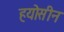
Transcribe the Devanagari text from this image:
हयोसीन